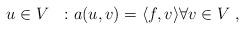
LaTeX: \begin{align*}u \in V \ \ : a(u,v)= \langle f,v \rangle \forall v \in V \;,\end{align*}